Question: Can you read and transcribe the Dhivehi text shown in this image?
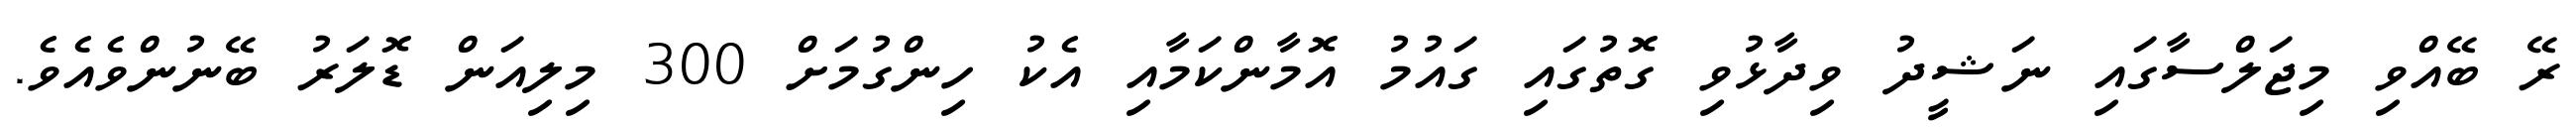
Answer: ރޭ ބޭއްވި މިޖަލްސާގައި ނަޝީދު ވިދާޅުވި ގޮތުގައި ގައުމު އޮމާންކަމާއި އެކު ހިންގުމަށް 300 މިލިއަން ޑޮލަރު ބޭނުންވެއެވެ.